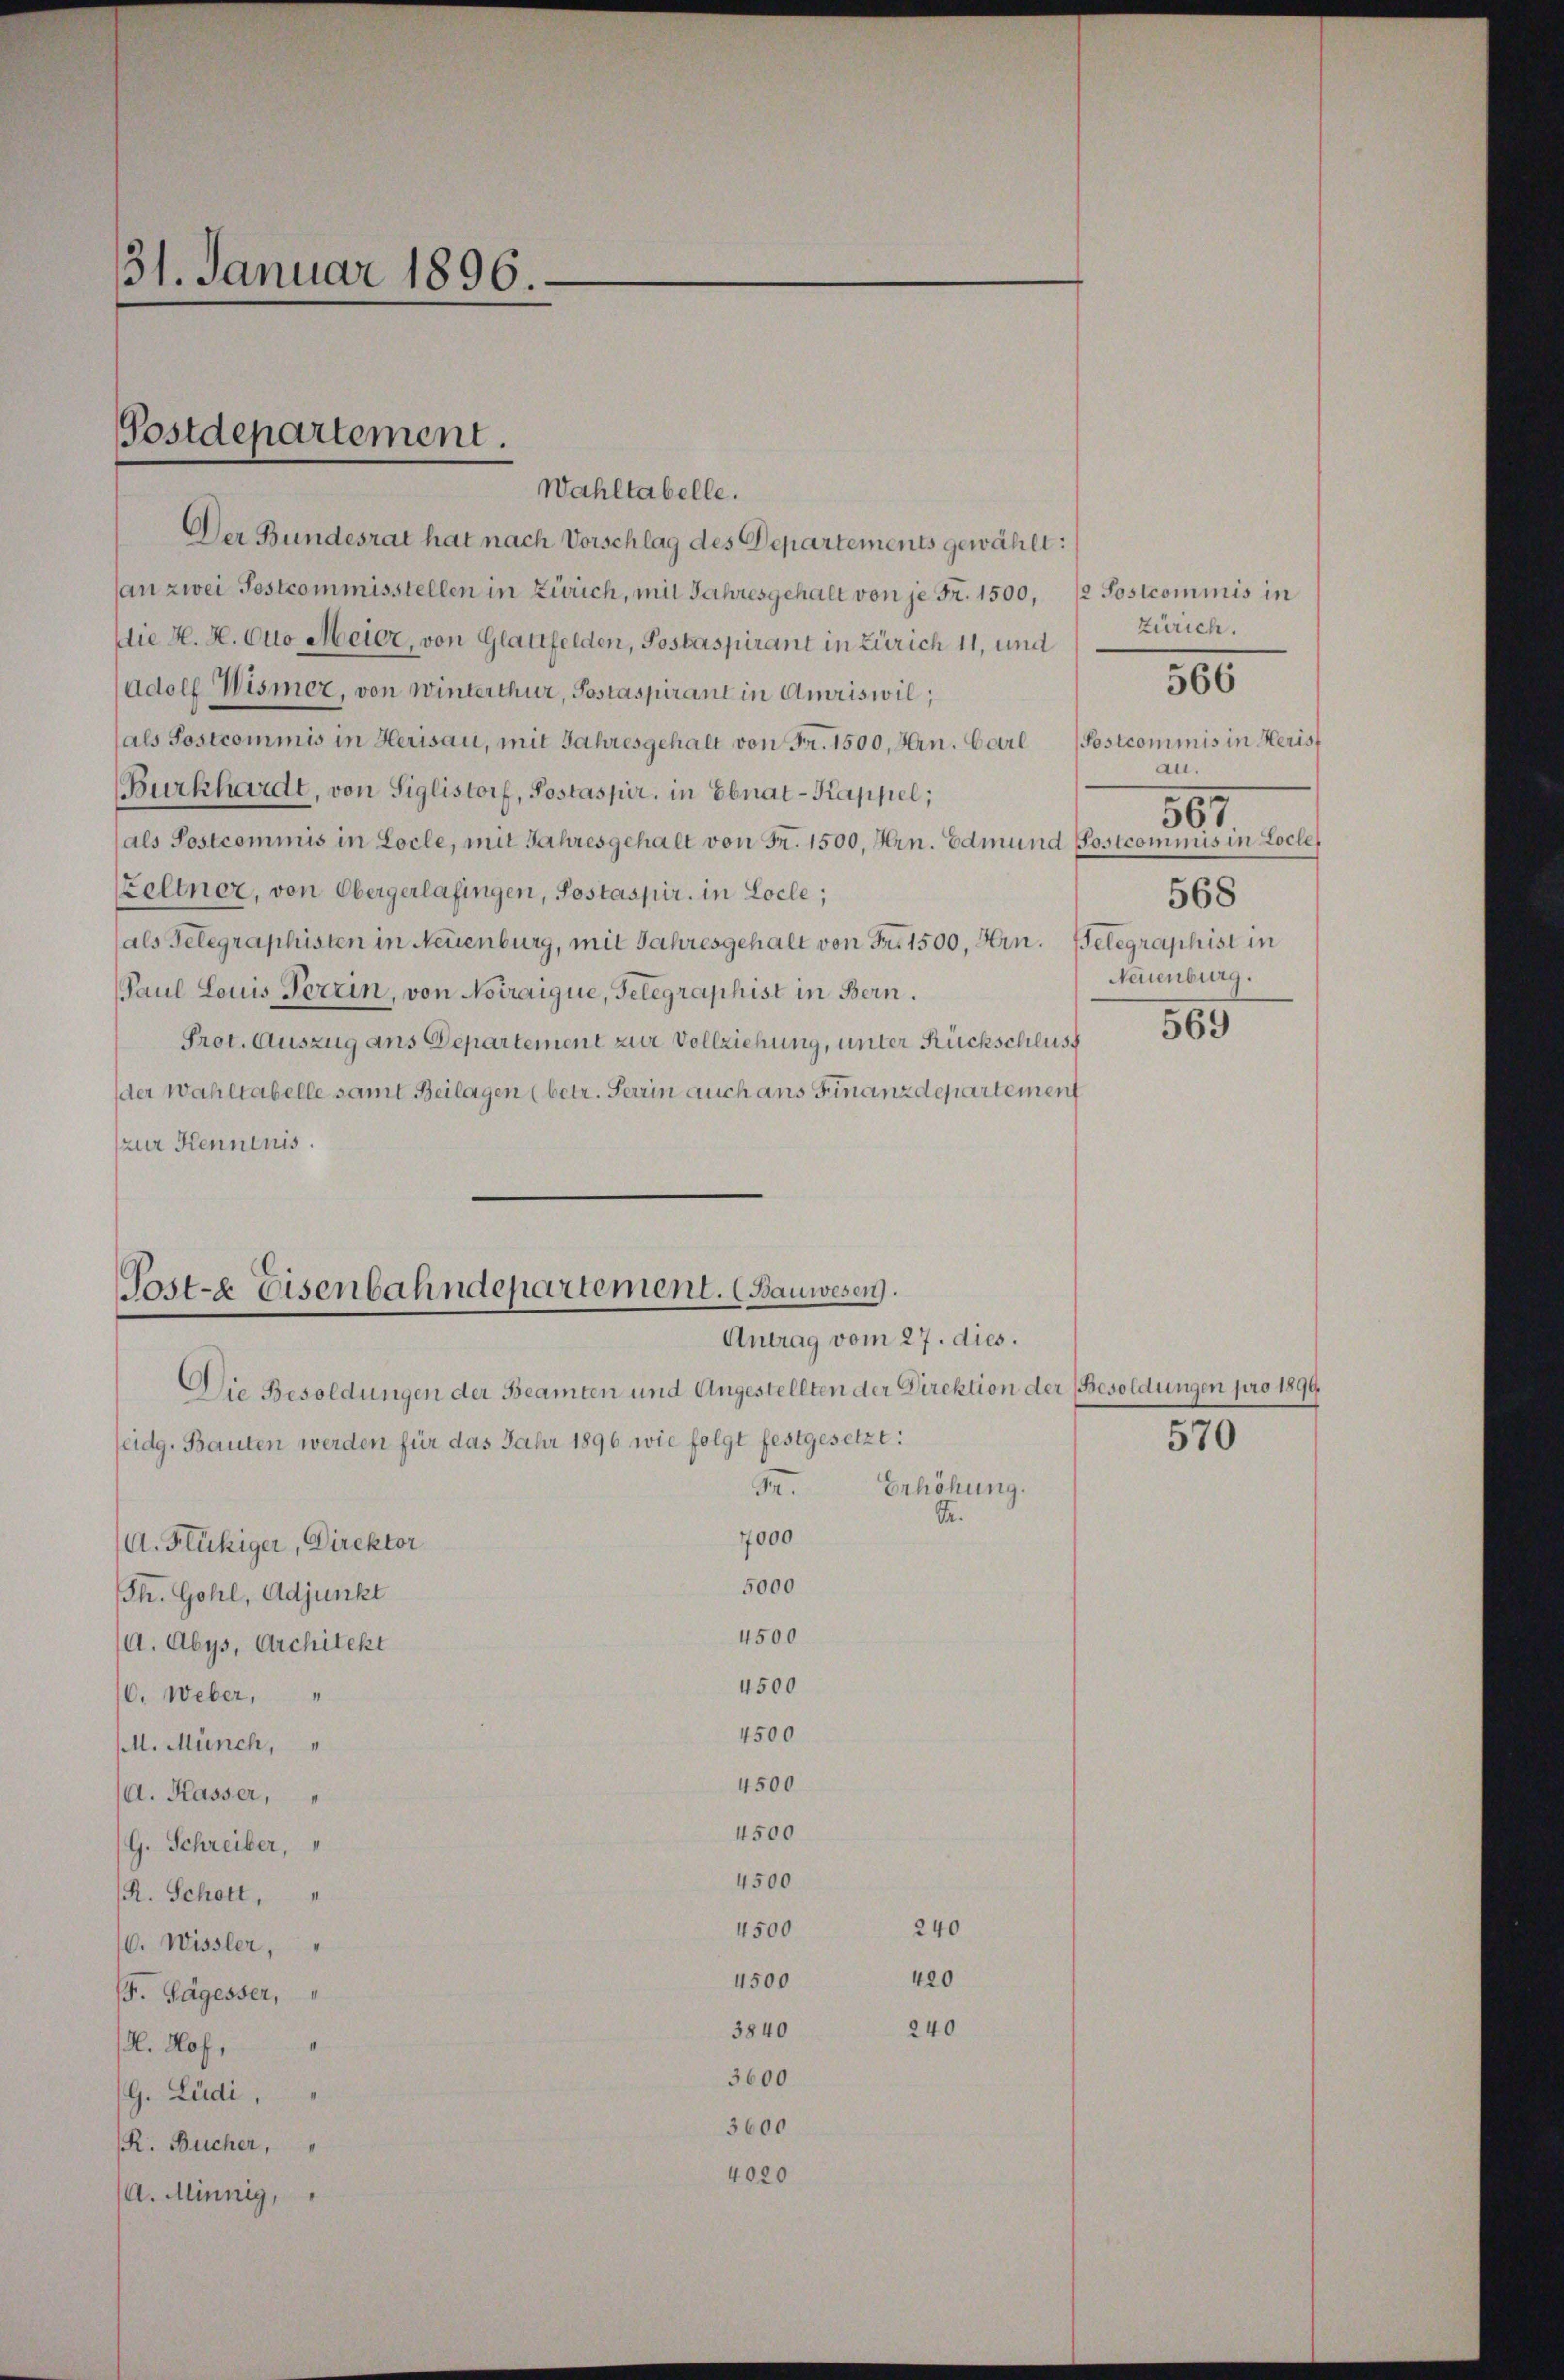
31. Januar 1896.

Wahltabelle.
Der Bundesrat hat nach Vorschlag des Departements gewählt:
an zwei Pestcommisstellen in Zürich, mit Jahresgehalt von je Fr. 1500, 12 Sostcommis in
Die H. H. Otto Meier, von Glattfelden, Postaspirant in Zürich 11, und
adolf Wismer, von Winterthur, Postaspirant in Amriswil;
als Sostcommis in Herisau, mit Jahresgehalt von Fr. 1500, Hrn. Carl
Burkhardt, von Siglistorf, Postaspir, in Ebnat-Kappel,
(als Postcommis in Locle, mit Jahresgehalt von Fr. 1500, Hrn. Edmund Postcommis in Loche
Zeltner, von Obergerlafingen, Sostaspir. in Locle;
568
als Gelegraphisten in Neuenburg, mit Jahresgehalt von Fr. 1500, Hrn. Gelegraphist in
Neuenburg.
Paul Louis Fertin, von Noiraique, Gelegraphist in Bern.
Prot. Auszug ans Departement zur Vollziehung, unter Rückschlus
der Wahltabelle samt Beilagen (betr. Terrin auch ans Finanzdepartement
zur Kenntnis.

Postdepartement.

Post-E Eisenbahndepartement. (Bauwesen.
Antrag vom 27. dies.

Die Besoldungen der Beamten und Angestellten der Direktion der Besoldungen pro 1899
eidg. Bauten werden für das Jahr 1896 wie folgt festgesetzt:
Erhöhung.
1.
S.
7000
A. Flückiger, Direktor
5000
Ph. Gohl, Adjunkt
4500
/d. Abys, Architekt
4500
10. Weber,
4500
(l. Münch,
4500
(A. Kasser,
4500
G. Schreiber,
4500
R. Schott,
240
4500
6. Wissler,
420
4500
. Sägesser,
240
3840
M. Hof,
3600
(G. Ludi,
3600
R. Bücher,
4020
/A. Minnig,

Zürich.

566

567

Postcommis in Herist
au.

570